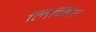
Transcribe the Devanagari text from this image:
लिव्हिए